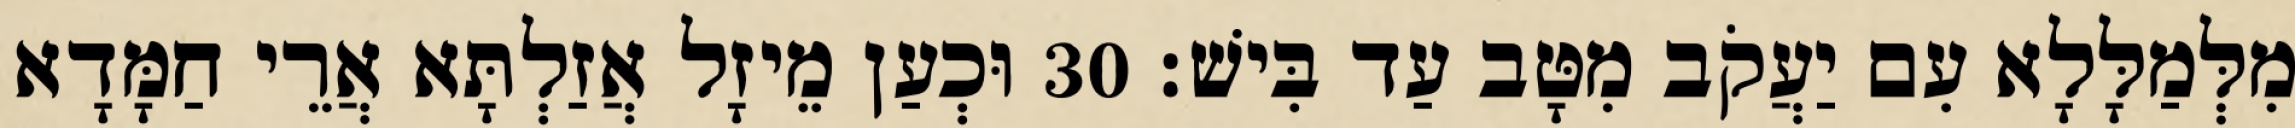
מִלְּמַלָּלָא עִם יַעֲקֹב מִטָּב עַד בִּישׁ׃ 30 וּכְעַן מֵיזָל אֲזַלְתָּא אֲרֵי חַמָּדָא